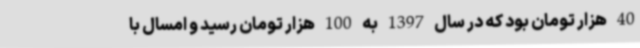
40 هزار تومان بود که در سال 1397 به 100 هزار تومان رسید و امسال با